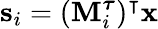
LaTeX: \textbf{s}_{i}=(\textbf{M}_{i}^{\boldsymbol{\tau}})^{\intercal}\textbf{x}